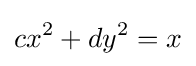
cx^{2}+dy^{2}=x